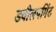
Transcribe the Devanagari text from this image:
डवीलपमिंट